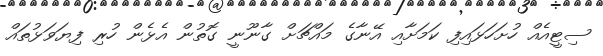
ސިޓީއެއް ހުށަހަޅައިފި ކަމަށާއި އޭނާގެ މައްޗަށް ގާނޫނީ ގޮތުން އެޅެން ހުރި ފިޔަވަޅުތައް